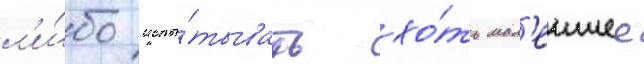
л'и́бо испы́тывать хо́ть мал'еишее